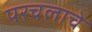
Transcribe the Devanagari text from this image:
परचलाचे